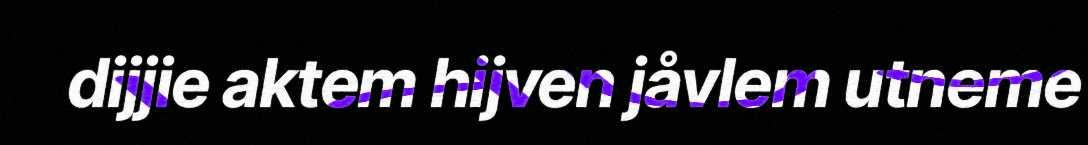
dijjie aktem hijven jåvlem utneme